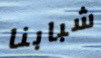
شبابنا